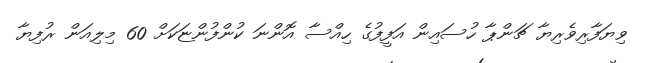
ވިޔަފާރިވެރިޔާ ޗަންޕާ ހުސައިން އަފީފުގެ ހިއްސާ އޮންނަ ކުންފުންޏަކަށް 60 މިލިއަން ރުފިޔާ